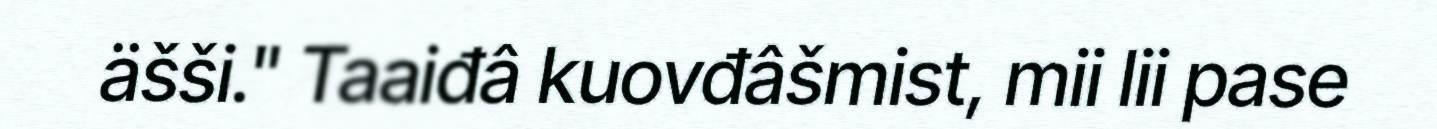
äšši." Taaiđâ kuovđâšmist, mii lii pase